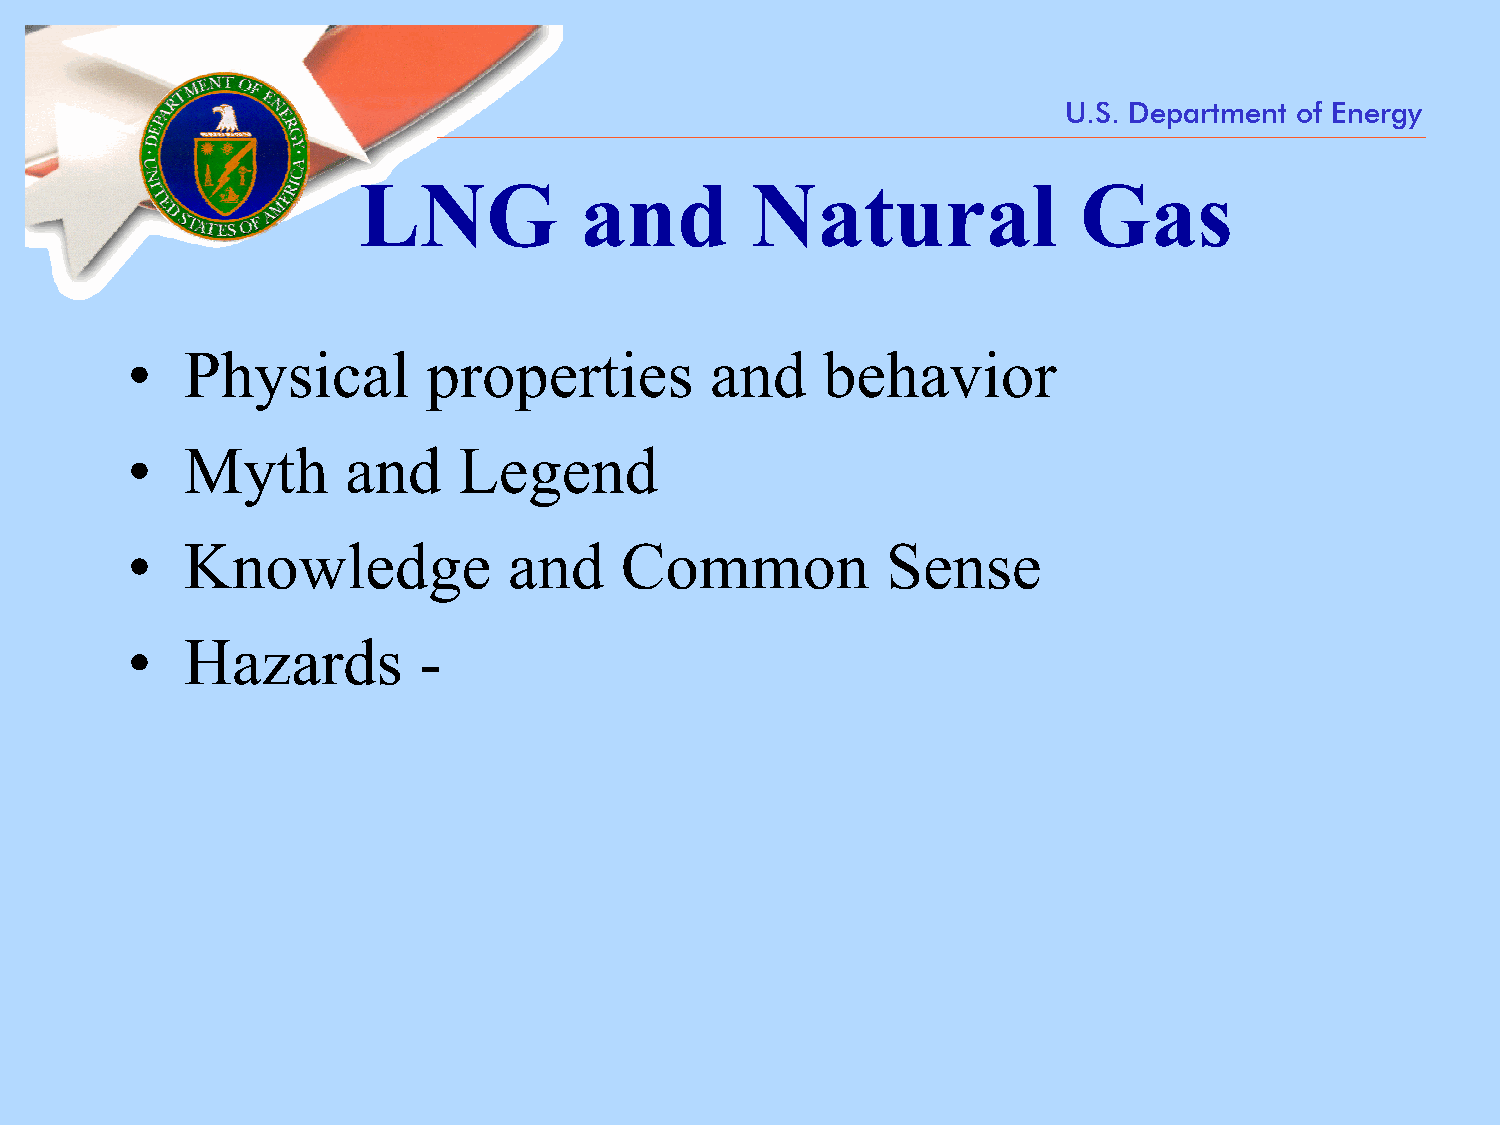
U.S. Department of Energy
 LNG           and         Natural              Gas
 •   Physical        properties         and    behavior
 •   Myth       and    Legend
 •   Knowledge             and    Common            Sense
 •   Hazards         -